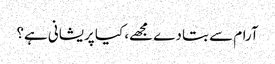
آرام سے بتا دے مجھے، کیا پریشانی ہے؟